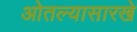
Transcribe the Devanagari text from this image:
ओतल्यासारखे